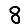
Digit: 8